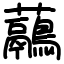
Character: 虉